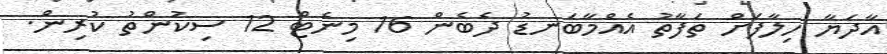
އާދަޔާ ހިލާފަށް ތަފާތު އެއްމާބަނޑު ދެބެން 16 މިނެޓް 12 ސިކުންތު ކުރިން.